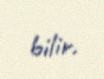
bilir.